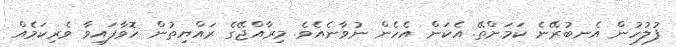
ފުލުހުން އެނބުރޭނެ ކަމަށްތޭ. އެކަން އެހެން ނުވާނެއެވެ. މިރާއްޖޭގެ ރައްޔިތުން ހޮވާފައިވާ ވެރިކަމެއް